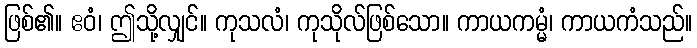
ဖြစ်၏။ ဧဝံ၊ ဤသို့လျှင်။ ကုသလံ၊ ကုသိုလ်ဖြစ်သော။ ကာယကမ္မံ၊ ကာယကံသည်။